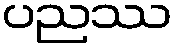
ပညဿ